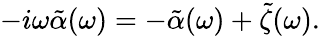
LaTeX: -i\omega\tilde{\alpha}(\omega)=-\tilde{\alpha}(\omega)+\tilde{\zeta}(\omega).